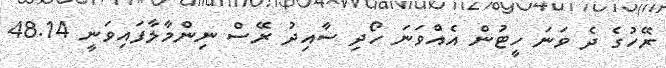
ރޭހުގެ ދެ ވަނަ ހީޓުން އެއްވަނަ ހޯދި ސާއިދު ރޭސް ނިންމާލާފައިވަނީ 48.14